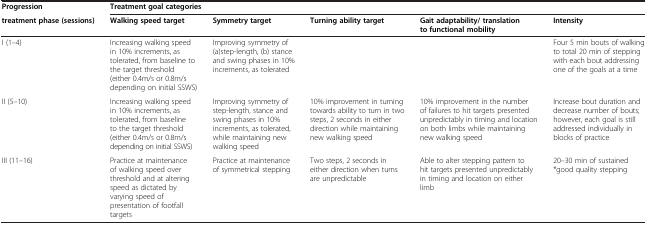
| Progression | <COLSPAN=5> Treatment goal categories |
 | treatment phase (sessions) | Walking speed target | Symmetry target | Turning ability target | Gait adaptability/ translation to functional mobility | Intensity |
 | --- | --- | --- | --- | --- | --- |
 | I (1–4) | Increasing walking speed in 10% increments, as tolerated, from baseline to the target threshold (either 0.4m/s or 0.8m/s depending on initial SSWS) | Improving symmetry of (a)step-length, (b) stance and swing phases in 10% increments, as tolerated |  |  | Four 5 min bouts of walking to total 20 min of stepping with each bout addressing one of the goals at a time |
 | II (5–10) | Increasing walking speed in 10% increments, as tolerated, from baseline to the target threshold (either 0.4m/s or 0.8m/s depending on initial SSWS) | Improving symmetry of step-length, stance and swing phases in 10% increments, as tolerated, while maintaining new walking speed | 10% improvement in turning towards ability to turn in two steps, 2 seconds in either direction while maintaining new walking speed | 10% improvement in the number of failures to hit targets presented unpredictably in timing and location on both limbs while maintaining new walking speed | Increase bout duration and decrease number of bouts; however, each goal is still addressed individually in blocks of practice |
 | III (11–16) | Practice at maintenance of walking speed over threshold and at altering speed as dictated by varying speed of presentation of footfall targets | Practice at maintenance of symmetrical stepping | Two steps, 2 seconds in either direction when turns are unpredictable | Able to alter stepping pattern to hit targets presented unpredictably in timing and location on either limb | 20–30 min of sustained *good quality stepping |